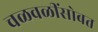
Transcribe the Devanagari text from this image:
चळवळींसोबत